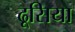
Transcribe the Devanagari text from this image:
ढूसिया